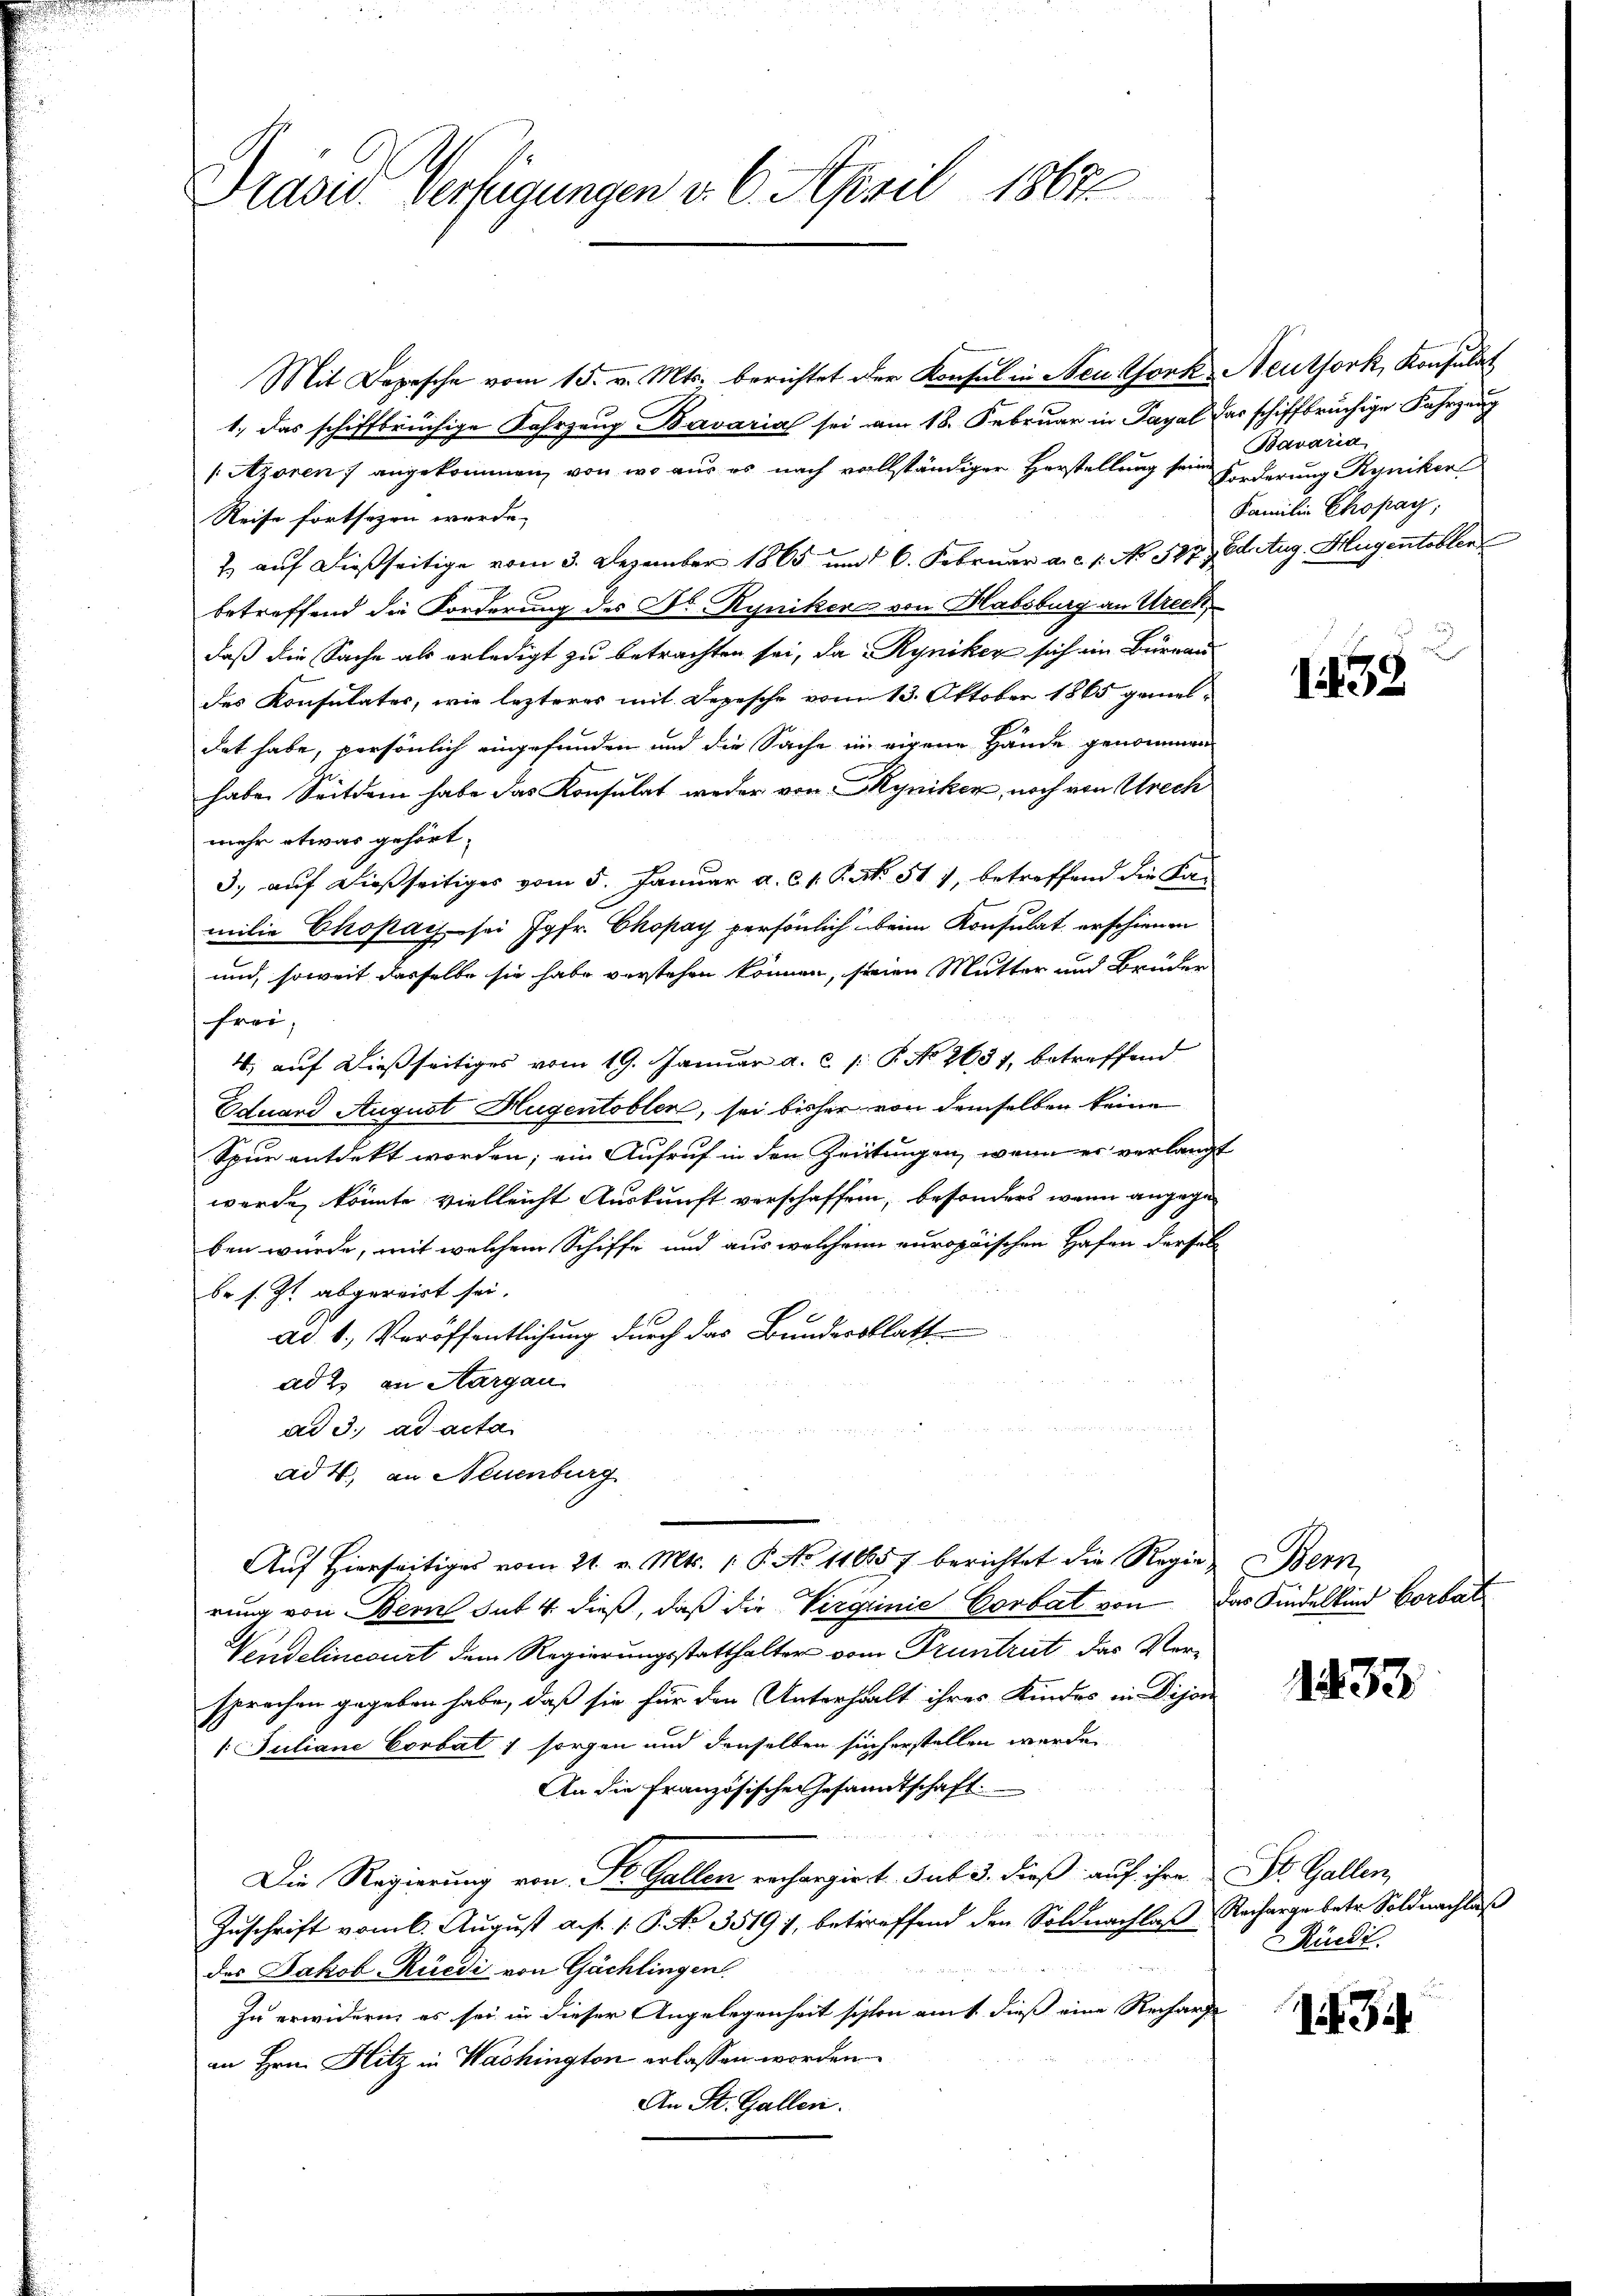
Präsid. Verfügungen v. 6. April 1867

Mit Depesche vom 15. v. Mts. berichtet der Konsul in Neu Ofork Neuthork, Konsulat
1.) Das schiffbrüchige Fahrzeug- Bavaria sei am 18. Februar in Payal das schiffbrüchige Fahrzung
Azoren 7 angekommen, von wo aus es nach vollständiger Herstellung sein Forderung Ryniker
Reise fortsezen werde.
1 auf dießseitige vom 3. Dezember 1865 und 6. Februar a. c. 1. No. 327 Adetug. Hugentobler
betreffend die Forderung des Dr Ryniker von Habsburg an Ureck
daß die Sache als erledigt zu betrachten sei, da Ryniker sich im Bureau
des Konsulater, wie lezteres mit Depesche vom 13. Oktober 1865 gemel-
dat habe, persönlich eingefunden und die Sache in eigene Hände genommen
haben Seitdem habe das Konsulat weder von Kyniker, noch von Urech
mehr etwas gehört.
3.) auf dießseitiges vom 5. Januar a. c. 1. Part. 517, betreffend die Kan
milie Chopay sei Jgfr. Ckopay persönlich beim Konsulat erschienen
und, soweit dasselbe sie habe verstehen können, seien Mutter und Brüder
frei,
4, auf dießseitiges vom 19. Januar a. c. 1: P. No 2631, betreffend
Eduard August Hugentobler, sei bisher von demselben keine
Spur entdekt worden; ein Aufruf in den Zeitungen, wenn er verlangt
werde, könnte vielleicht Auskunft verschaffen, besonders wenn angege
ben würde, mit welchem Schiffe und aus welchen europäischen Hafen dersel
be s. Zt. abgereist sei.
ad b., Veröffentlichung durch das Bundesblatt
ad 2. an Aargau
ad 3. ad acta
ad 4., an Neuenburg
Aŭf Hierseitiges vom 21. v. Mts. 1. P. No 116657 berichtet die Regien Bern,
rung von Bern sub. 4. dieß, daß die Virginie Corbat von das Kindelkind Corbat
Vendelineburt dem Regierungsstatthalter vom Druntrut das Versprechen gegeben habe, daß sie für den Unterhalt ihres Kindes in Dijon
1. Juliane Corbat ; sorgen und denselben sich erstellen werde
An die Französische Gesandtschaft.
Die Regierung von St. Gallen rechargiert. sub 3. dieß auf ihre St. Gallen,
Zuschrift vom 6. August a. p. 1. P. No 3519), betreffend den Soldnachlaß Recharge betr. Soldnachlaß
des Jakob Rüedi von Gächlingen.
Zu erwidern, es sei in dieser Angelegenheit siston mit dieß eine Recharfe
an Hrn. Hitz in Washington erlassen worden.
An St. Gallen.

Bavaria
Familien Chopay;

1433.

1433

Rüedi.

134